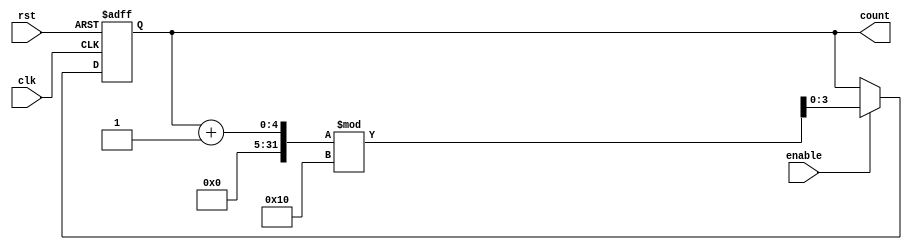
module async_counter (
    input wire rst,          // Asynchronous reset
    input wire enable,       // Enable signal to increment the counter
    input wire clk,          // A clock signal (to trigger toggling)
    output reg [3:0] count   // 4-bit output count
);

    always @(posedge clk or posedge rst) begin
        if (rst) begin
            count <= 4'b0000; // Reset the counter to 0
        end else if (enable) begin
            // Toggling mechanism for counter
            // Increment the count by 1 using modulo operation
            count <= (count + 1) % 16;  // Limiting the count to 15
        end
    end

endmodule